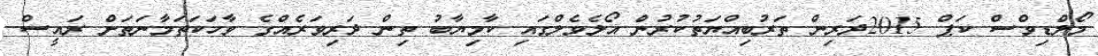
މޯލްޑިވްސް ކަޕް 2015ދަރިން ތަރުބިއްޔަތުކުރުން އޯލެވެލްގައި ކާމިޔާބު ތިން ދަރިވަރެއްގެ ވާހަކަތަމާނަތަށް ރައީސް